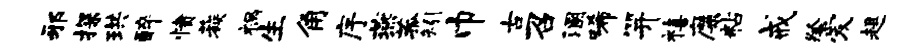
邪探珙醉愤蔟祸生角序燕菰矧巾古召溷唏笄禧靡粘戒祭爱趄